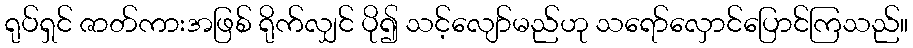
ရုပ်ရှင် ဇာတ်ကားအဖြစ် ရိုက်လျှင် ပို၍ သင့်လျော်မည်ဟု သရော်လှောင်ပြောင်ကြသည်။